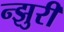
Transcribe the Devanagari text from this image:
न्झुरी